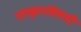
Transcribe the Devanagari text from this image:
संस्कृतविषयी